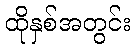
ထိုနှစ်အတွင်း